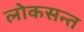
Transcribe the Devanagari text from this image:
लोकसन्त